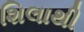
શિલાથી